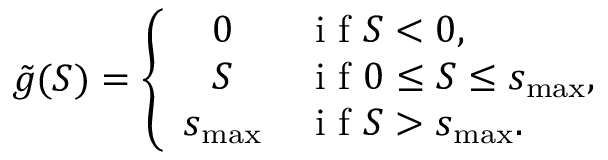
\tilde { g } ( S ) = \left\{ \begin{array} { c l } { 0 } & { \mathrm { ~ i ~ f ~ } S < 0 , } \\ { S } & { \mathrm { ~ i ~ f ~ } 0 \le S \le s _ { \mathrm { m a x } } , } \\ { s _ { \mathrm { m a x } } } & { \mathrm { ~ i ~ f ~ } S > s _ { \mathrm { m a x } } . } \end{array} \right.